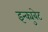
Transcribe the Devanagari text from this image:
इन्क्युबेट